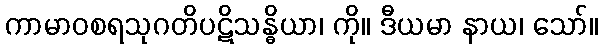
ကာမာဝစရသုဂတိပဋိသန္ဓိယာ၊ ကို။ ဒီယမာ နာယ၊ သော်။